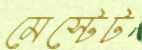
মেস্টেট